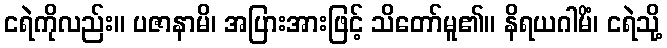
ငရဲကိုလည်း။ ပဇာနာမိ၊ အပြားအားဖြင့် သိတော်မူ၏။ နိရယဂါမိံ၊ ငရဲသို့